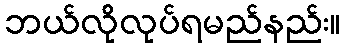
ဘယ်လိုလုပ်ရမည်နည်း။